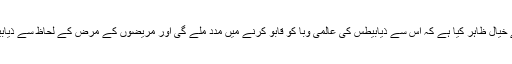
لیونڈ یونیورسٹی سے وابستہ ان ماہرین نے خیال ظاہر کیا ہے کہ اس سے ذیابیطس کی عالمی وبا کو قابو کرنے میں مدد ملے گی اور مریضوں کے مرض کے لحاظ سے ذیابیطس کے علاج کی راہ ہموار ہوسکے گی۔